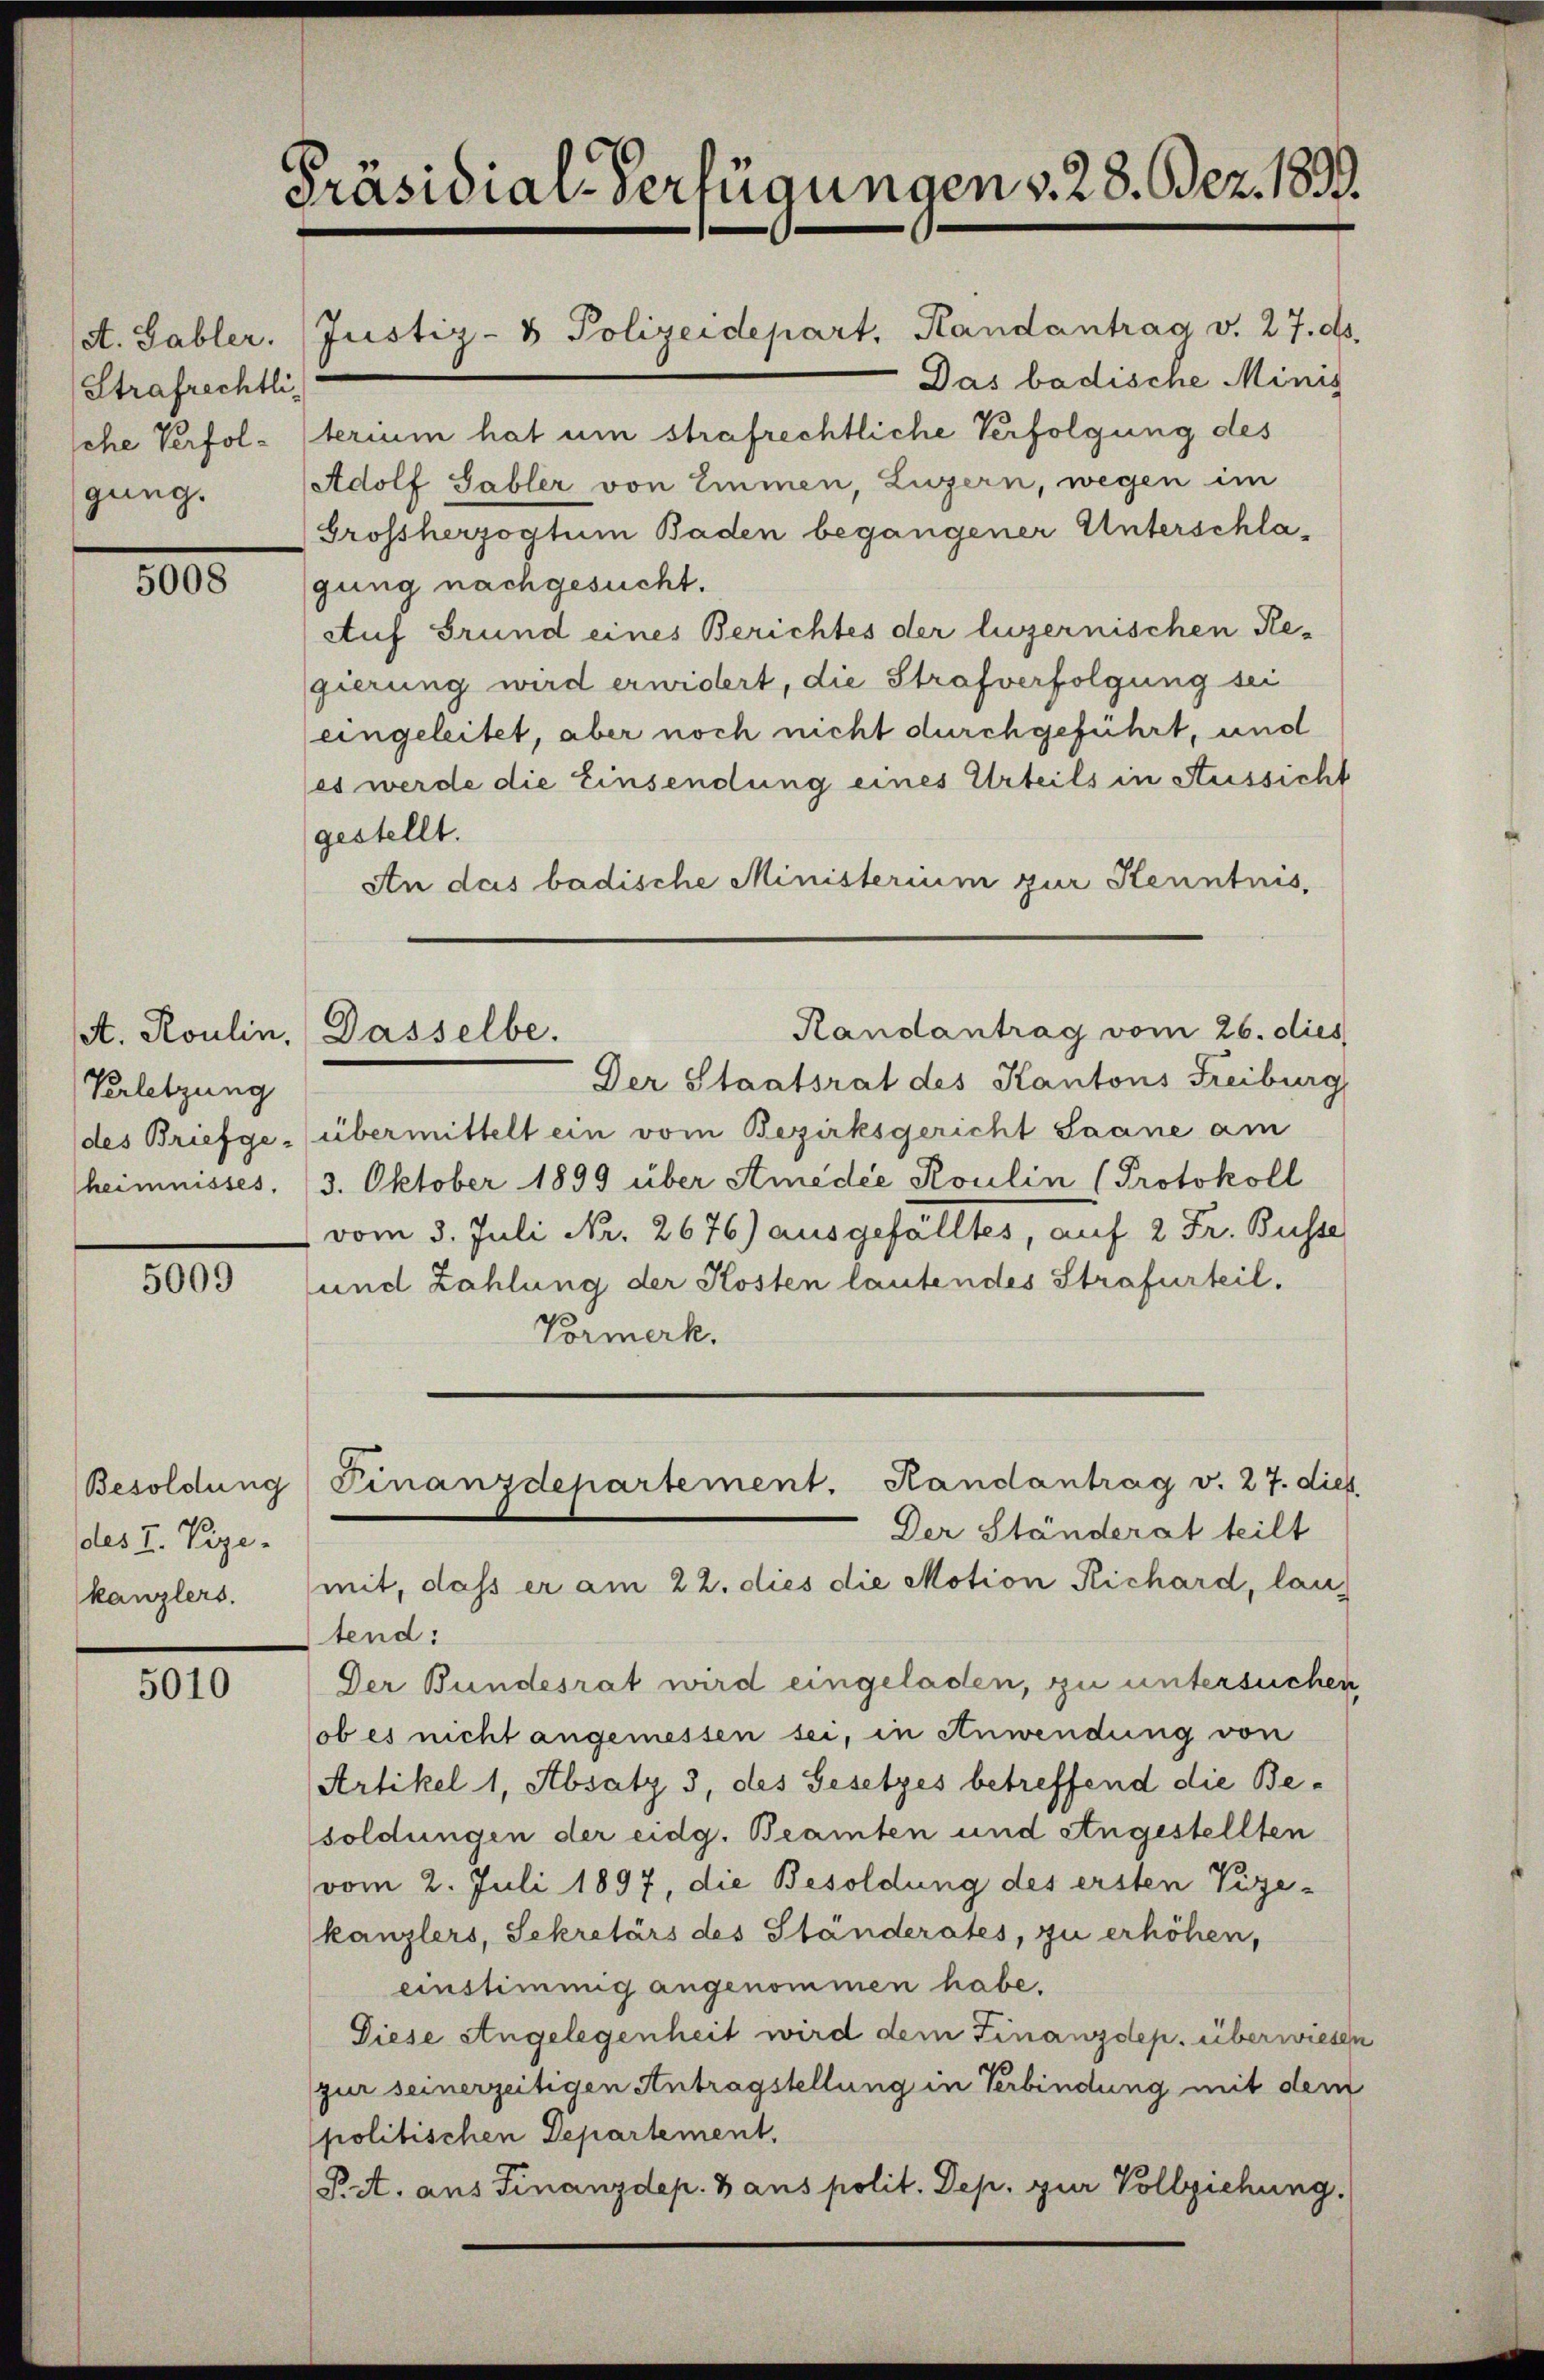
Strafrechtli
che Verfolgung.

5008

Verletzung
heimnisses,

5009

Besoldung
des I. Vize-
kanzlers.

5010

Präsidial-Verfügungen v. 28. Dez. 1833.

A. Gabler. Justiz- & Polizeidepart, Randantrag v. 27. ds.
terium hat um strafrechtliche Verfolgung des
Adolf Gabler von Emmen, Luzern, wegen im
Grossherzogtum Baden begangener Unterschlagung nachgesucht.
Auf Grund eines Berichtes der luzernischen Re-
gierung wird erwidert, die Strafverfolgung sei
eingeleitet, aber noch nicht durchgeführt, und
(es werde die Einsendung eines Urteils in Aussicht
gestellt.
An das badische Ministerium zur Kenntnis,
Randantrag vom 26. dies
Der Staatsrat des Kantons Freiburg
des Briefge (übermittelt ein vom Bezirksgericht Saane am
3. Oktober 1899 über Amédée Roulin (Protokoll
vom 3. Juli Nr. 2676) ausgefälltes, auf 2 Fr. Busse
und Zahlung der Kosten lautendes Strafurteil,
Vormerk.
Finanzdepartement. Handantrag v. 27. dies
Der Ständerat teilt
mit, dass er am 22. dies die Motion Richard, lautend:
Der Bundesrat wird eingeladen, zu untersuchen,
ob es nicht angemessen sei, in Anwendung von
Artikel 1, Absatz 3, des Gesetzes betreffend die Besoldungen der eidg. Beamten und Angestellten
vom 2. Juli 1897, die Besoldung des ersten Vize-
kanzlers, Sekretärs des Ständerates, zu erhöhen,
einstimmig angenommen habe.
Diese Angelegenheit wird dem Finanzdep. überwiesen
gur seinerzeitigen Antragstellung in Verbindung mit dem
politischen Departement.
P A. aus Finanzdep. 3 aus polit. Dep. zur Vollziehung.

st. Roulin, Dasselbe.

Das badische Minis